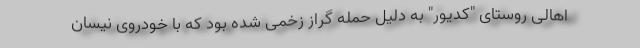
اهالی روستای "کدیور" به دلیل حمله گراز زخمی شده بود که با خودروی نیسان